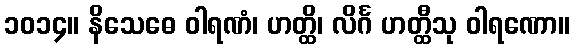
၁၀၁၄။ နိသေဓေ ဝါရဏံ၊ ဟတ္ထိ၊ လိင်္ဂ ဟတ္ထီသု ဝါရဏော။